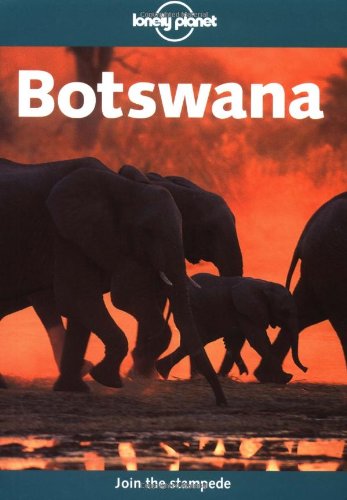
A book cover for Lonely Planet Botswana (Lonely Planet Botswana & Namibia); Paul Greenway; Travel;